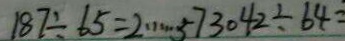
1 8 7 \div 6 5 = 2 \cdots 5 7 3 0 4 2 \div 6 4 =